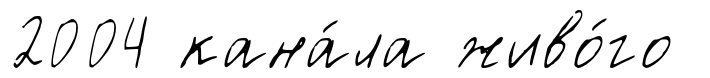
2004 кана́ла живо́го